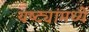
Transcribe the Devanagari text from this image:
यष्ट्यांमध्ये